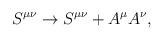
LaTeX: \begin{align*}S^{\mu \nu} \rightarrow S^{\mu \nu} + A^{\mu}A^{\nu} ,\end{align*}